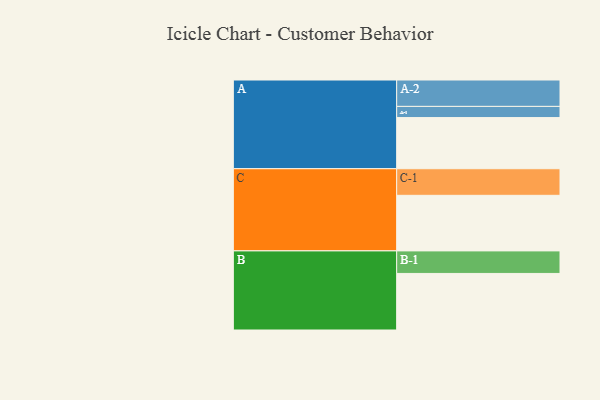
{"axis": {"x": "Segment", "y": "Value"}, "legend": ["", "A", "B", "C"], "data": [{"x": "A", "y": 531, "type": ""}, {"x": "B", "y": 587, "type": ""}, {"x": "C", "y": 577, "type": ""}, {"x": "A-1", "y": 116, "type": "A"}, {"x": "A-2", "y": 274, "type": "A"}, {"x": "B-1", "y": 234, "type": "B"}, {"x": "C-1", "y": 276, "type": "C"}]}